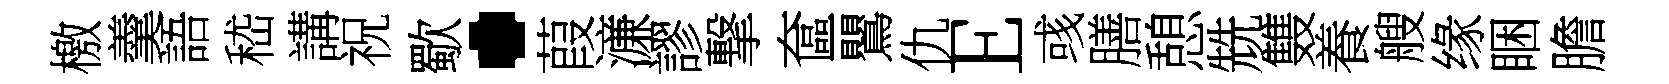
檄羹語嵇講祝歜·葭濓謬撃奩鸎仇E彧膳憩兟䨇養艘缘睏膽